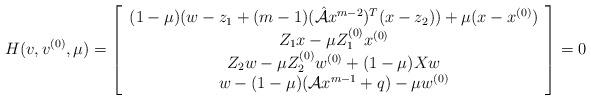
LaTeX: \begin{align*} H(v,v^{(0)},\mu)=\left[\begin{array}{c} (1-\mu)(w-z_1+(m-1)(\hat{\mathcal{A}}x^{m-2})^T(x-z_2))+\mu(x-x^{(0)}) \\ Z_1x-\mu Z_1^{(0)}x^{(0)}\\ Z_2w-\mu Z_2^{(0)}w^{(0)}+(1-\mu)Xw\\ w-(1-\mu)(\mathcal{A}x^{m-1} + q)-\mu w^{(0)}\\ \end{array}\right]=0 \end{align*}